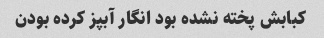
کبابش پخته نشده بود انگار آبپز کرده بودن